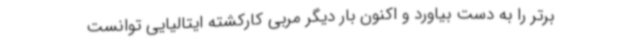
برتر را به دست بیاورد و اکنون بار دیگر مربی کارکشته ایتالیایی توانست